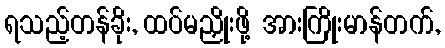
ရသည့်တန်ခိုး, ထပ်မညှိုးဖို့ အားကြိုးမာန်တက်,